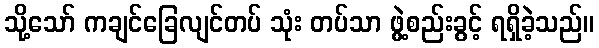
သို့သော် ကချင်ခြေလျင်တပ် သုံး တပ်သာ ဖွဲ့စည်းခွင့် ရရှိခဲ့သည်။